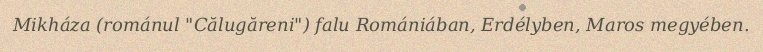
Mikháza (románul "Călugăreni") falu Romániában, Erdélyben, Maros megyében.